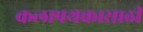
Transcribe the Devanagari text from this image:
कलापथकासाठी